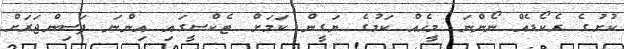
ކުށުގެ ރެކޯޑެއް ނޯންނަ މީހެއް ކަމުގެ ޔަގީން ކަމަށް ޓެކްސީގައި އިންނަ ފަސިންޖަރަށް